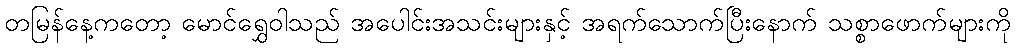
တမြန်နေ့ကတော့ မောင်ရွှေဝါသည် အပေါင်းအသင်းများနှင့် အရက်သောက်ပြီးနောက် သစ္စာဖောက်များကို